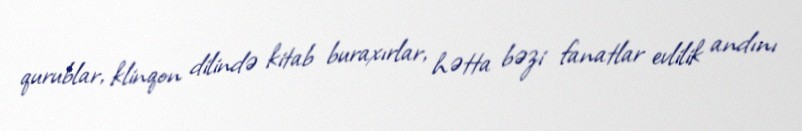
qurublar, klinqon dilində kitab buraxırlar, hətta bəzi fanatlar evlilik andını